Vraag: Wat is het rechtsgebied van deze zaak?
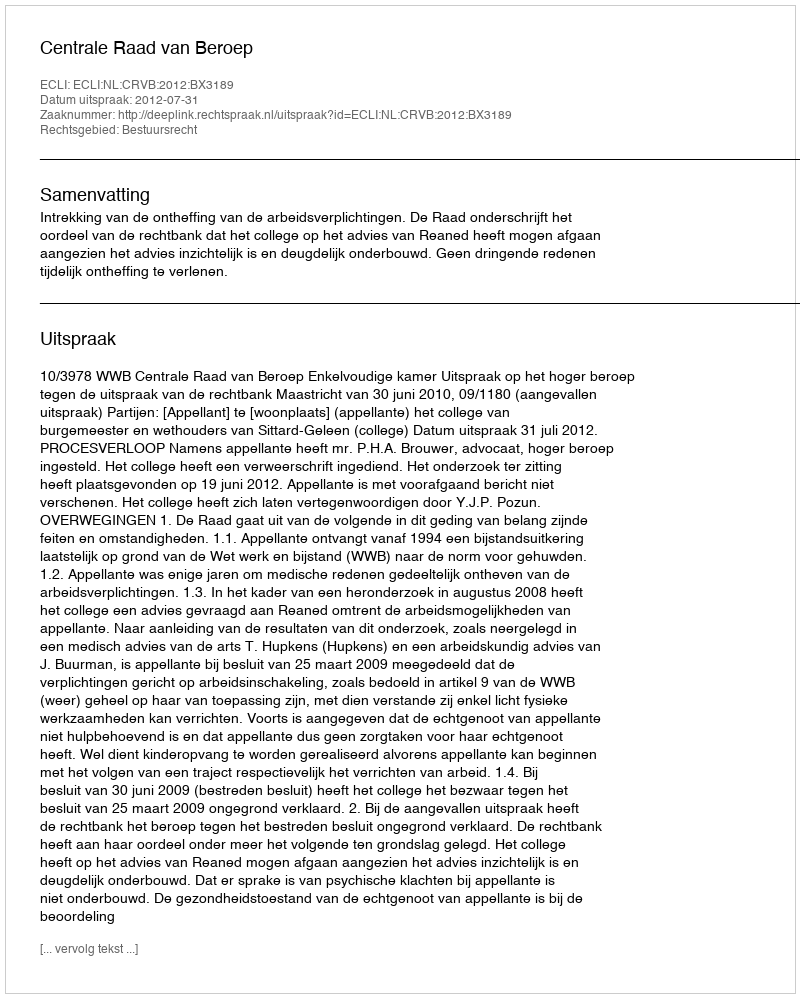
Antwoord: Bestuursrecht